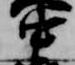
中